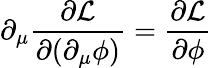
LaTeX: \partial_{\mu}{\frac{\partial{\mathcal{L}}}{\partial(\partial_{\mu}\phi)}}={\frac{\partial{\mathcal{L}}}{\partial\phi}}